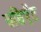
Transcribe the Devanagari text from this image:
ग्रडिएँट